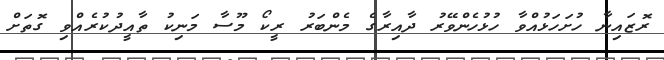
ރޮޒައިނާ ހުށަހަޅުއްވާ ހުޅުހެންވޭރު ދާއިރާގެ މެންބަރު ރީކޯ މޫސާ މަނިކު ތާއީދުކުރެއްވި ގޮތަށް